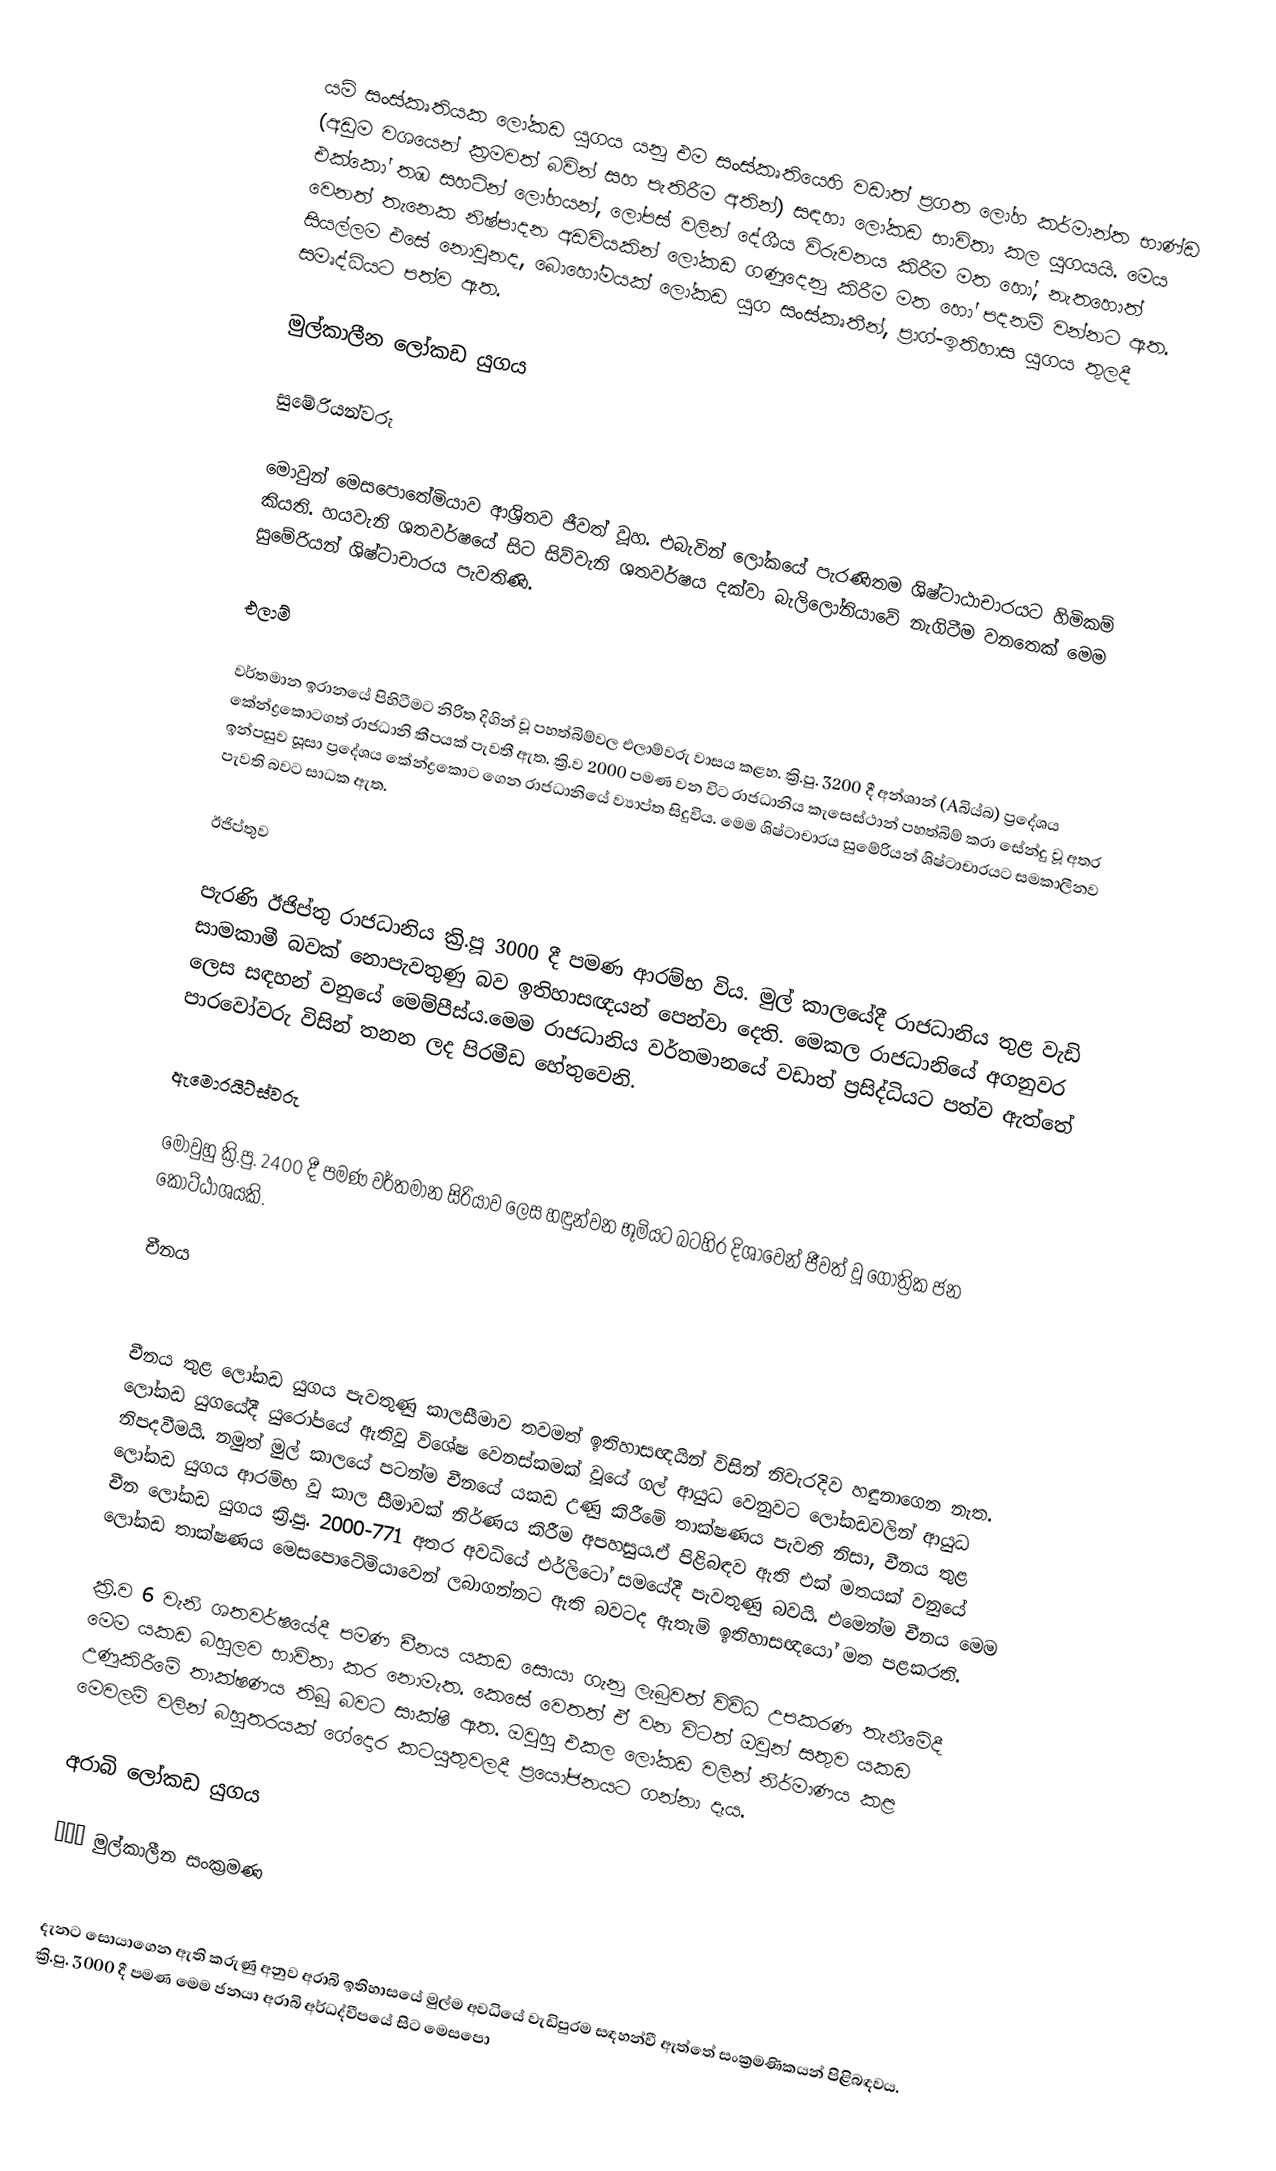
යම් සංස්කෘතියක ලෝකඩ යුගය යනු එම සංස්කෘතියෙහි වඩාත් ප්‍රගත  ලෝහ කර්මාන්ත භාණ්ඩ (අඩුම වශයෙන් ක්‍රමවත් බවින් සහ පැතිරීම අතින්) සඳහා ලෝකඩ භාවිතා කල යුගයයි. මෙය එක්කෝ තඹ සහටින් ලෝහයන්, ලෝපස් වලින් දේශීය විරුවනය කිරීම මත හෝ, නැතහොත් වෙනත් තැනෙක නිෂ්පාදන අඩවියකින් ලෝකඩ ගණුදෙනු කිරීම මත හෝ පදනම් වන්නට ඇත. සියල්ලම එසේ නොවුනද, බොහෝමයක් ලෝකඩ යුග සංස්කෘතීන්, ප්‍රාග්-ඉතිහාස යුගය තුලදී සමෘද්ධියට පත්ව ඇත.

මුල්කාලීන ලෝකඩ යුගය

සුමේරියන්වරු

මොවුන් මෙසපොතේමියාව ආශ්‍රිතව ජීවත් වූහ. එබැවින් ලෝකයේ පැරණිතම ශිෂ්ටාඨාචාරයට හිමිකම් කියති. හයවැනි ශතවර්ෂයේ සිට සිව්වැනි ශතවර්ෂය දක්වා බැලිලෝනියාවේ නැගිටීම වනතෙක් මෙම සුමේරියන් ශිෂ්ටාචාරය පැවතිණි.

එලාම්

වර්තමාන ඉරානයේ පිහිටීමට නිරිත දිගින් වූ පහත්බිම්වල එලාම්වරු වාසය කළහ. ක්‍රි.පු. 3200 දී අන්ශාන් (Aබිය්බ) ප්‍රදේශය කේන්ද්‍රකොටගත් රාජධානි කීපයක් පැවතී ඇත. ක්‍රි.ව 2000 පමණ වන විට රාජධානිය කැසෙස්ථාන් පහත්බිම් කරා සේන්දු වූ අතර ඉන්පසුව සූසා ප්‍රදේශය කේන්ද්‍රකොට ගෙන රාජධානියේ ව්‍යාප්ත සිදුවිය. මෙම ශිෂ්ටාචාරය සුමේරියන් ශිෂ්ටාචාරයට සමකාලීනව පැවති බවට සාධක ඇත.

ඊජිප්තුව

පැරණි ඊජිප්තු රාජධානිය ක්‍රි.පූ 3000 දී පමණ ආරම්භ විය. මුල් කාලයේදී රාජධානිය තුළ වැඩි සාමකාමී බවක් නොපැවතුණු බව ඉතිහාසඥයන් පෙන්වා දෙති. මෙකල රාජධානියේ අගනුවර ලෙස සඳහන් වනුයේ මෙම්පීස්ය.මෙම රාජධානිය වර්තමානයේ වඩාත් ප්‍රසිද්ධියට පත්ව ඇත්තේ පාරවෝවරු විසින් තනන ලද පිරමීඩ හේතුවෙනි.

ඇමොරයිට්ස්වරු

මොවුහු ක්‍රි.පු. 2400 දී පමණ වර්තමාන සිරියාව ලෙස හඳුන්වන භූමියට බටහිර දිශාවෙන් ජීවත් වූ ගෝත්‍රික ජන කොට්ඨාශයකි.

චීනය

චීනය තුළ ලෝකඩ යුගය පැවතුණු කාලසීමාව තවමත් ඉතිහාසඥයින් විසින් නිවැරදිව හඳුනාගෙන නැත. ලෝකඩ යුගයේදී යුරෝපයේ ඇතිවූ විශේෂ වෙනස්කමක් වූයේ ගල් ආයුධ වෙනුවට ලෝකඩවලින් ආයුධ නිපදවීමයි. නමුත් මුල් කාලයේ පටන්ම චීනයේ යකඩ උණු කිරීමේ තාක්ෂණය පැවති නිසා, චීනය තුළ ලෝකඩ යුගය ආරම්භ වූ කාල සීමාවක් නිර්ණය කිරීම අපහසුය.ඒ පිළිබඳව ඇති එක් මතයක් වනුයේ චීන ලෝකඩ යුගය ක්‍රි.පු. 2000-771 අතර අවධියේ එර්ලිටෝ සමයේදී පැවතුණු බවයි. එමෙන්ම චීනය මෙම ලෝකඩ තාක්ෂණය මෙසපොටේමියාවෙන් ලබාගන්නට ඇති බවටද ඇතැම් ඉතිහාසඥයෝ මත පළකරති.

ක්‍රි.ව 6 වැනි ශතවර්ෂයේදී පමණ චීනය යකඩ සොයා ගැනු ලැබුවත් විවිධ උපකරණ තැනීමේදී මෙම යකඩ බහුලව භාවිතා කර නොමැත. කෙසේ වෙතත් ඒ වන විටත් ඔවුන් සතුව යකඩ උණුකිරීමේ තාක්ෂණය තිබූ බවට සාක්ෂි ඇත. ඔවුහු එකල ලෝකඩ වලින් නිර්මාණය කළ මෙවලම් වලින් බහුතරයක් ගේදොර කටයුතුවලදී ප්‍රයෝජනයට ගන්නා දෑය.

අරාබි ලෝකඩ යුගය

‘‘‘ මුල්කාලීන සංක්‍රමණ

දැනට සොයාගෙන ඇති කරුණු අනුව අරාබි ඉතිහාසයේ මුල්ම අවධියේ වැඩිපුරම සඳහන්වී ඇත්තේ සංක්‍රමණිකයන් පිළිබඳවය. ක්‍රි.පු. 3000 දී පමණ මෙම ජනයා අරාබි අර්ධද්වීපයේ සිට මෙසපො